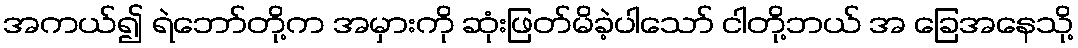
အကယ်၍ ရဲဘော်တို့က အမှားကို ဆုံးဖြတ်မိခဲ့ပါသော် ငါတို့ဘယ် အ ခြေအနေသို့